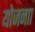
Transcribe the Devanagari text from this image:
योजनाा